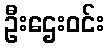
ဦးဌေးဝင်း